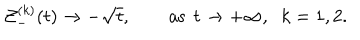
LaTeX: { \cal Z } _ { - } ^ { ( k ) } ( t ) \to - \sqrt t , \qquad { \mathrm { a s } } \; \, t \to + \infty , \; \; k = 1 , 2 .